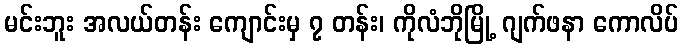
မင်းဘူး အလယ်တန်း ကျောင်းမှ ၇ တန်း၊ ကိုလံဘိုမြို့ ဂျက်ဖနာ ကောလိပ်